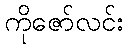
ကိုဇော်လင်း